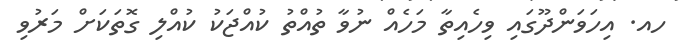
ހއ. އިހަވަންދޫގައި ވިހެއިތާ މަހެއް ނުވާ ތުއްތު ކުއްޖަކު ކުއްލި ގޮތަކަށް މަރުވި